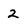
Character: 2